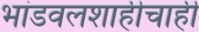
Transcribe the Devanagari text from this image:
भांडवलशाहीचाही